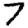
Digit: 7